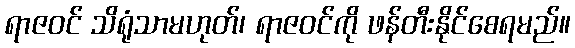
ရာဇဝင် သိရုံသာမဟုတ်၊ ရာဇဝင်ကို ဖန်တီးနိုင်စေရမည်။